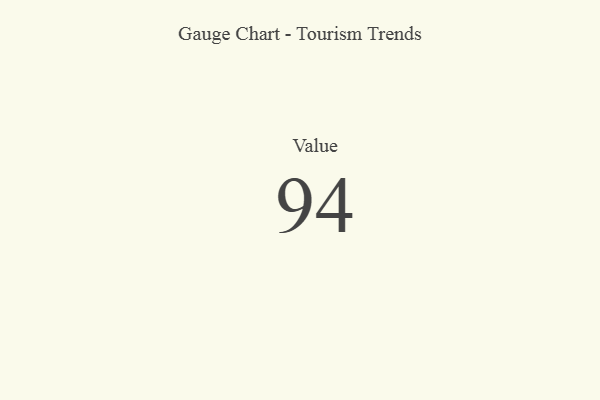
{"axis": {"x": "Metric", "y": "Value"}, "legend": [""], "data": [{"x": "Value", "y": 94, "type": ""}]}